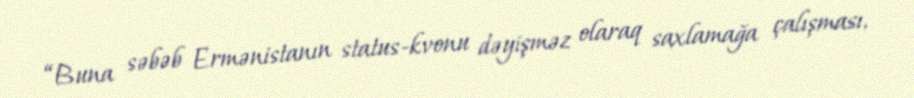
“Buna səbəb Ermənistanın status-kvonu dəyişməz olaraq saxlamağa çalışması,